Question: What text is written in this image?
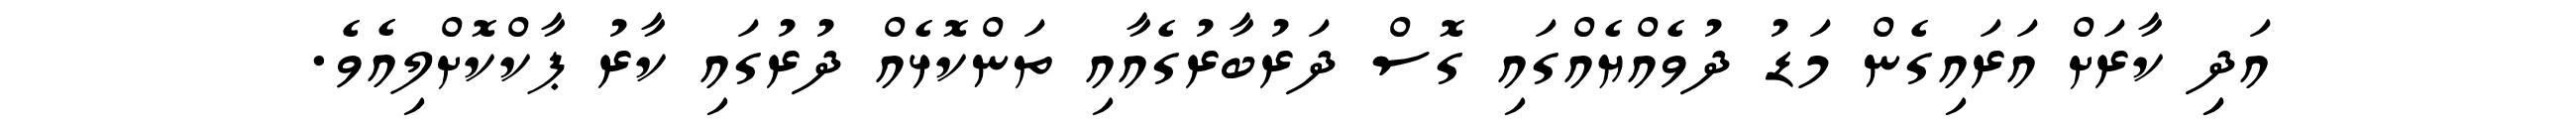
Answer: އަދިި ކާރަށް އަރައިގެން މަޑު ދުވެއްޔެއްގައި ގޮސް ދަރުބާރުގެއާއި ތަންކޮޅެއް ދުރުގައި ކާރު ޕާކްކޮށްލިއެވެ.